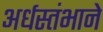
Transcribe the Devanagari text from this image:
अर्धस्तंभाने